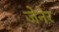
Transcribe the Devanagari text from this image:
जेनेर